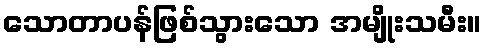
သောတာပန်ဖြစ်သွားသော အမျိုးသမီး။